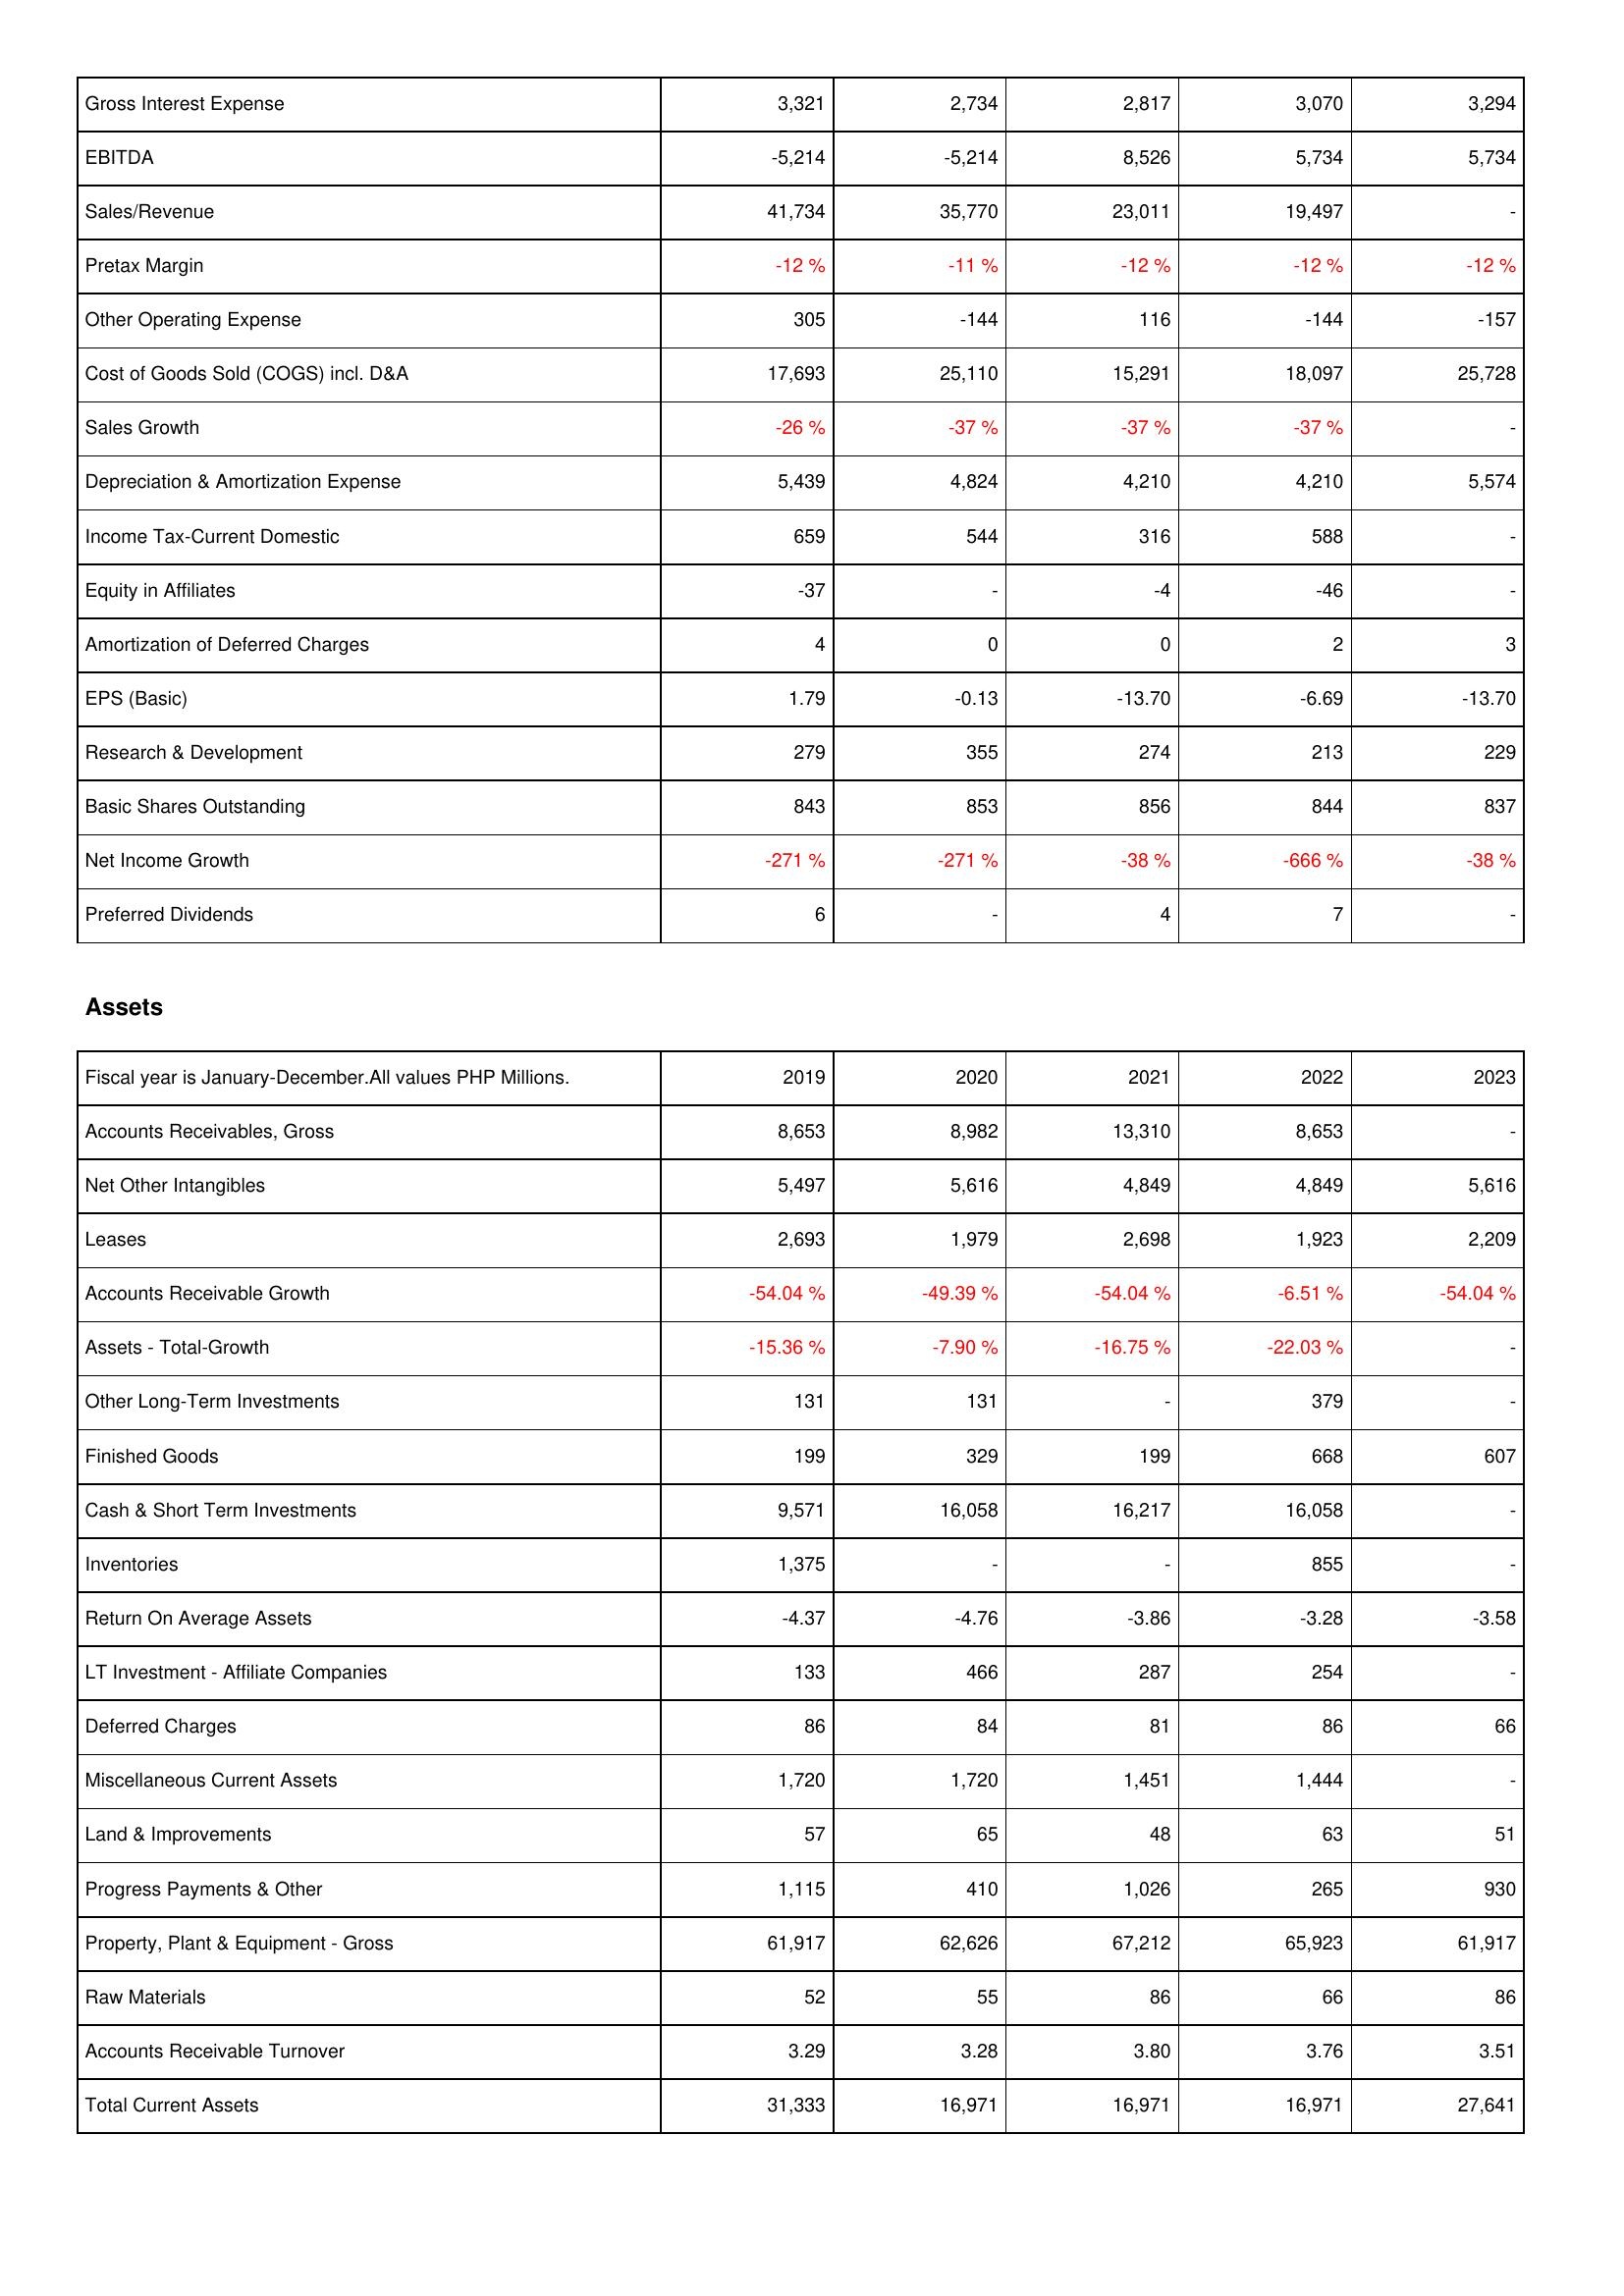
2019: Income Statement: Gross Interest Expense: 3,321
EBITDA: -5,214
Sales/Revenue: 41,734
Pretax Margin: -12 %
Other Operating Expense: 305
Cost of Goods Sold (COGS) incl. D&A: 17,693
Sales Growth: -26 %
Depreciation & Amortization Expense: 5,439
Income Tax-Current Domestic: 659
Equity in Affiliates: -37
Amortization of Deferred Charges: 4
EPS (Basic): 1.79
Research & Development: 279
Basic Shares Outstanding: 843
Net Income Growth: -271 %
Preferred Dividends: 6
Assets: Accounts Receivables, Gross: 8,653
Net Other Intangibles: 5,497
Leases: 2,693
Accounts Receivable Growth: -54.04 %
Assets - Total-Growth: -15.36 %
Other Long-Term Investments: 131
Finished Goods: 199
Cash & Short Term Investments: 9,571
Inventories: 1,375
Return On Average Assets: -4.37
LT Investment - Affiliate Companies: 133
Deferred Charges: 86
Miscellaneous Current Assets: 1,720
Land & Improvements: 57
Progress Payments & Other: 1,115
Property, Plant & Equipment - Gross: 61,917
Raw Materials: 52
Accounts Receivable Turnover: 3.29
Total Current Assets: 31,333
2020: Income Statement: Gross Interest Expense: 2,734
EBITDA: -5,214
Sales/Revenue: 35,770
Pretax Margin: -11 %
Other Operating Expense: -144
Cost of Goods Sold (COGS) incl. D&A: 25,110
Sales Growth: -37 %
Depreciation & Amortization Expense: 4,824
Income Tax-Current Domestic: 544
Equity in Affiliates: -
Amortization of Deferred Charges: 0
EPS (Basic): -0.13
Research & Development: 355
Basic Shares Outstanding: 853
Net Income Growth: -271 %
Preferred Dividends: -
Assets: Accounts Receivables, Gross: 8,982
Net Other Intangibles: 5,616
Leases: 1,979
Accounts Receivable Growth: -49.39 %
Assets - Total-Growth: -7.90 %
Other Long-Term Investments: 131
Finished Goods: 329
Cash & Short Term Investments: 16,058
Inventories: -
Return On Average Assets: -4.76
LT Investment - Affiliate Companies: 466
Deferred Charges: 84
Miscellaneous Current Assets: 1,720
Land & Improvements: 65
Progress Payments & Other: 410
Property, Plant & Equipment - Gross: 62,626
Raw Materials: 55
Accounts Receivable Turnover: 3.28
Total Current Assets: 16,971
2021: Income Statement: Gross Interest Expense: 2,817
EBITDA: 8,526
Sales/Revenue: 23,011
Pretax Margin: -12 %
Other Operating Expense: 116
Cost of Goods Sold (COGS) incl. D&A: 15,291
Sales Growth: -37 %
Depreciation & Amortization Expense: 4,210
Income Tax-Current Domestic: 316
Equity in Affiliates: -4
Amortization of Deferred Charges: 0
EPS (Basic): -13.70
Research & Development: 274
Basic Shares Outstanding: 856
Net Income Growth: -38 %
Preferred Dividends: 4
Assets: Accounts Receivables, Gross: 13,310
Net Other Intangibles: 4,849
Leases: 2,698
Accounts Receivable Growth: -54.04 %
Assets - Total-Growth: -16.75 %
Other Long-Term Investments: -
Finished Goods: 199
Cash & Short Term Investments: 16,217
Inventories: -
Return On Average Assets: -3.86
LT Investment - Affiliate Companies: 287
Deferred Charges: 81
Miscellaneous Current Assets: 1,451
Land & Improvements: 48
Progress Payments & Other: 1,026
Property, Plant & Equipment - Gross: 67,212
Raw Materials: 86
Accounts Receivable Turnover: 3.80
Total Current Assets: 16,971
2022: Income Statement: Gross Interest Expense: 3,070
EBITDA: 5,734
Sales/Revenue: 19,497
Pretax Margin: -12 %
Other Operating Expense: -144
Cost of Goods Sold (COGS) incl. D&A: 18,097
Sales Growth: -37 %
Depreciation & Amortization Expense: 4,210
Income Tax-Current Domestic: 588
Equity in Affiliates: -46
Amortization of Deferred Charges: 2
EPS (Basic): -6.69
Research & Development: 213
Basic Shares Outstanding: 844
Net Income Growth: -666 %
Preferred Dividends: 7
Assets: Accounts Receivables, Gross: 8,653
Net Other Intangibles: 4,849
Leases: 1,923
Accounts Receivable Growth: -6.51 %
Assets - Total-Growth: -22.03 %
Other Long-Term Investments: 379
Finished Goods: 668
Cash & Short Term Investments: 16,058
Inventories: 855
Return On Average Assets: -3.28
LT Investment - Affiliate Companies: 254
Deferred Charges: 86
Miscellaneous Current Assets: 1,444
Land & Improvements: 63
Progress Payments & Other: 265
Property, Plant & Equipment - Gross: 65,923
Raw Materials: 66
Accounts Receivable Turnover: 3.76
Total Current Assets: 16,971
2023: Income Statement: Gross Interest Expense: 3,294
EBITDA: 5,734
Sales/Revenue: -
Pretax Margin: -12 %
Other Operating Expense: -157
Cost of Goods Sold (COGS) incl. D&A: 25,728
Sales Growth: -
Depreciation & Amortization Expense: 5,574
Income Tax-Current Domestic: -
Equity in Affiliates: -
Amortization of Deferred Charges: 3
EPS (Basic): -13.70
Research & Development: 229
Basic Shares Outstanding: 837
Net Income Growth: -38 %
Preferred Dividends: -
Assets: Accounts Receivables, Gross: -
Net Other Intangibles: 5,616
Leases: 2,209
Accounts Receivable Growth: -54.04 %
Assets - Total-Growth: -
Other Long-Term Investments: -
Finished Goods: 607
Cash & Short Term Investments: -
Inventories: -
Return On Average Assets: -3.58
LT Investment - Affiliate Companies: -
Deferred Charges: 66
Miscellaneous Current Assets: -
Land & Improvements: 51
Progress Payments & Other: 930
Property, Plant & Equipment - Gross: 61,917
Raw Materials: 86
Accounts Receivable Turnover: 3.51
Total Current Assets: 27,641